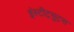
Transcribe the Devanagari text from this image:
इंस्टीट्युट्स